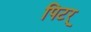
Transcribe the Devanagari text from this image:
पिटर्